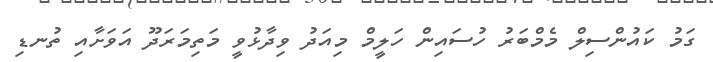
ގަމު ކައުންސިލް މެމްބަރު ހުސައިން ހަލީމް މިއަދު ވިދާޅުވީ މަތިމަރަދޫ އަވަށާއި ތުނޑި